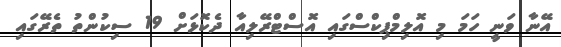
އޭނާ ވަނީ ހަމަ މި އޮލިމްޕިކްސްގައި އޮސްޓްރޭލިއާ ދެކޮޅަށް 19 ސިކުންތު ތެރޭގައި